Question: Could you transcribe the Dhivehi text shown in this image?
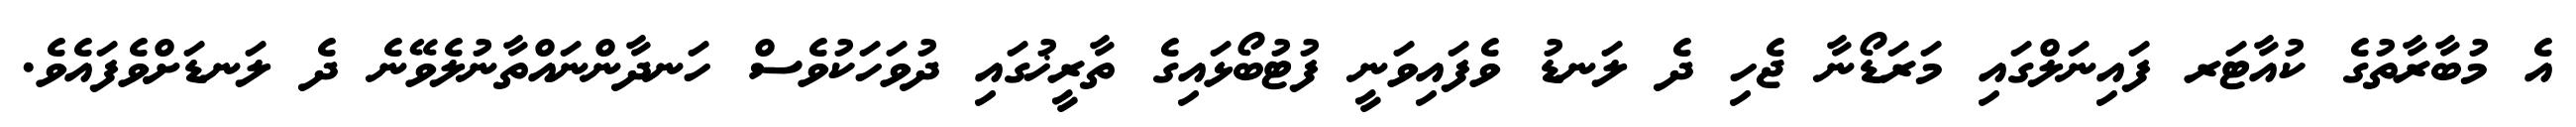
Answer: އެ މުބާރާތުގެ ކުއާޓަރ ފައިނަލްގައި މަރަޑޯނާ ޖެހި ދެ ލަނޑު ވެފައިވަނީ ފުޓުބޯޅައިގެ ތާރީޚުގައި ދުވަހަކުވެސް ހަނދާންނައްތާނުލެވޭނެ ދެ ލަނޑަށްވެފައެވެ.